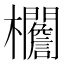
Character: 𣡞